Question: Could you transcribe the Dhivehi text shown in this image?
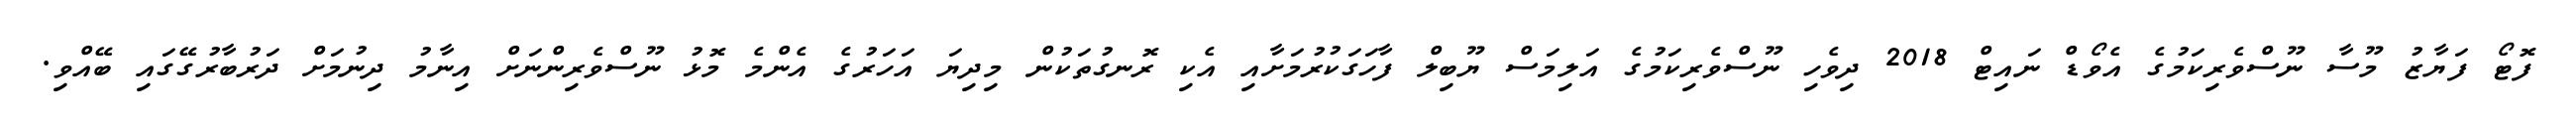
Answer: ފޮޓޯ ފަޔާޒު މޫސާ ނޫސްވެރިކަމުގެ އެވޯޑް ނައިޓް 2018 ދިވެހި ނޫސްވެރިކަމުގެ އަލިމަސް ޔޫބިލް ފާހަގަކުރުމަށާއި އެކި ރޮނގުތަކުން މިދިޔަ އަހަރުގެ އެންމެ މޮޅު ނޫސްވެރިންނަށް އިނާމު ދިނުމަށް ދަރުބާރުގޭގައި ބޭއްވި.